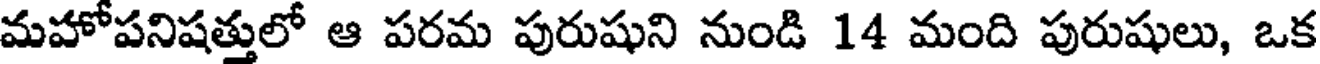
మహోపనిషత్తులో ఆ పరమ పురుషుని నుండి 14 మంది పురుషులు, ఒక